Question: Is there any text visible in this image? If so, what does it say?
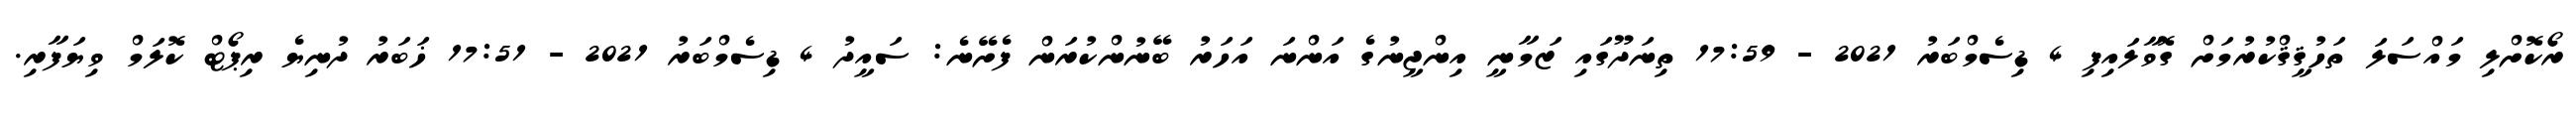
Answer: ރޯކޮށްލި މައްސަލަ ތަހުޤީޤްކުރުމަށް ގޮވާލައިފި 4 ޑިސެމްބަރު 2021 - 17:59 ތިނަދޫގައި ޒަމާނީ އިންޖީނުގެ އަންނަ އަހަރު ބޭނުންކުރަން ފެށޭނެ: ސައީދު 4 ޑިސެމްބަރު 2021 - 17:51 ޚަބަރު ދުނިޔެ ރިޕޯޓް ކޮލަމް ވިޔަފާރި.